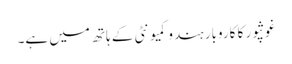
غوثپور کا کاروبار ہندو کمیونٹی کے ہاتھ میں ہے۔